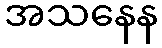
အသနေန